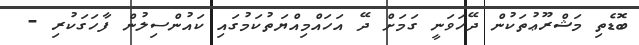
ބޮޑެތި މަޝްރޫޢުތަކުން ދޭހަވަނީ ގަމަށް ދޭ އަހައްމިއްޔަތުކަމުގައި ކައުންސިލުން ފާހަގަކުރި -